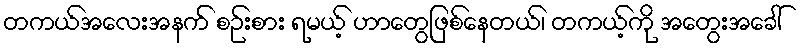
တကယ်အလေးအနက် စဉ်းစား ရမယ့် ဟာတွေဖြစ်နေတယ်၊ တကယ့်ကို အတွေးအခေါ်